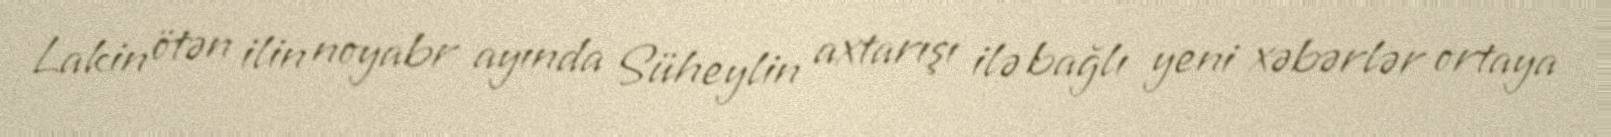
Lakin ötən ilin noyabr ayında Süheylin axtarışı ilə bağlı yeni xəbərlər ortaya